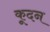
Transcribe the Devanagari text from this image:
कूदन